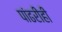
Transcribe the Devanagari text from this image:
पांढरीही